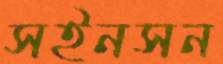
সইনসন